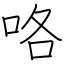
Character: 咯